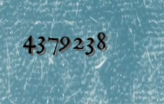
4379238